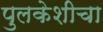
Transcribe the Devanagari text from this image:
पुलकेशीचा